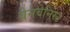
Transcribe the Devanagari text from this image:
बेनवेनिस्ट